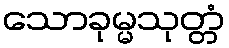
သောခုမ္မသုတ္တံ